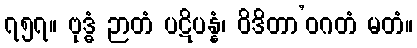
၇၅၇။ ဗုဒ္ဓံ ဉာတံ ပဋိပန္နံ၊ ဝိဒိတာ’ဝဂတံ မတံ။